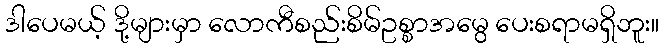
ဒါပေမယ့် ဒို့များမှာ လောကီစည်းစိမ်ဥစ္စာအမွေ ပေးစရာမရှိဘူး။